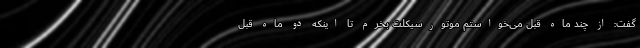
گفت: از چند ماه قبل می‌خواستم موتورسیکلت بخرم تا اینکه دو ماه قبل